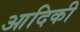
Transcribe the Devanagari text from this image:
आदिकी